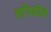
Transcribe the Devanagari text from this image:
लाँगकीमे